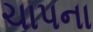
ચાપના